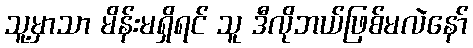
သူ့မှာသာ မိန်းမရှိရင် သူ ဒီလိုဘယ်ဖြစ်မလဲနော်